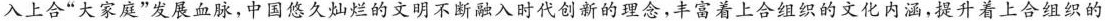
入上合”大家庭”发展血脉，中国悠久灿烂的文明不断融入时代创新的理念，丰富着上合组织的文化内涵，提升着上合组织的